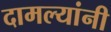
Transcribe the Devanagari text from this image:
दामल्यांनी